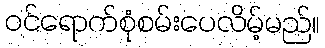
ဝင်ရောက်စုံစမ်းပေလိမ့်မည်။